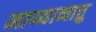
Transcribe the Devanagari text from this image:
माय्यानात्तु